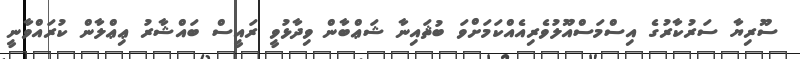
ސޫރިޔާ ސަރުކާރުގެ އިސްމަސްއޫލުވެރިއެއްކަމަށްވަ ބުޘައިނާ ޝަޢްބާން ވިދާޅުވީ ރައީސް ބައްޝާރު ޢިޢްލާން ކުރައްވާނީ